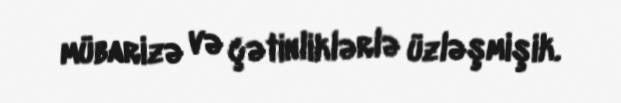
mübarizə və çətinliklərlə üzləşmişik.